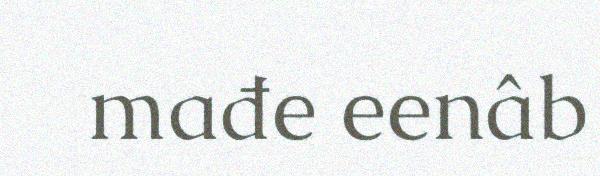
mađe eenâb